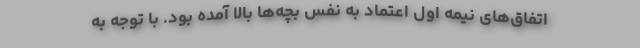
اتفاق‌های نیمه اول اعتماد به نفس بچه‌ها بالا آمده بود. با توجه به